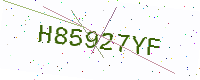
Text: H85927YF